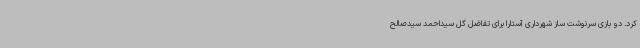
کرد. دو بازی سرنوشت ساز شهرداری آستارا برای تفاضل گل سیداحمد سیدصالح